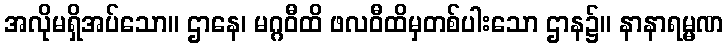
အလိုမရှိအပ်သော။ ဌာနေ၊ မဂ္ဂဝီထိ ဖလဝီထိမှတစ်ပါးသော ဌာန၌။ နာနာရမ္မဏ